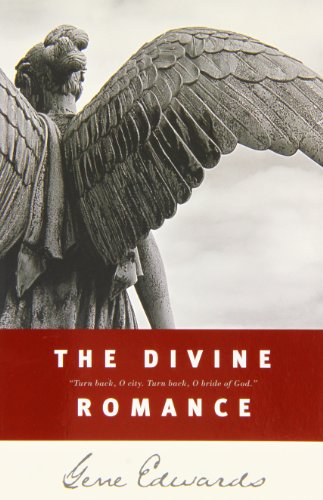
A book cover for The Divine Romance (Inspirational S); Gene Edwards; Christian Books & Bibles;